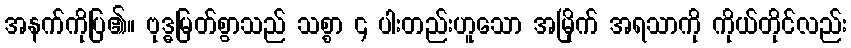
အနက်ကိုပြ၏။ ဗုဒ္ဓမြတ်စွာသည် သစ္စာ ၄ ပါးတည်းဟူသော အမြိုက် အရသာကို ကိုယ်တိုင်လည်း